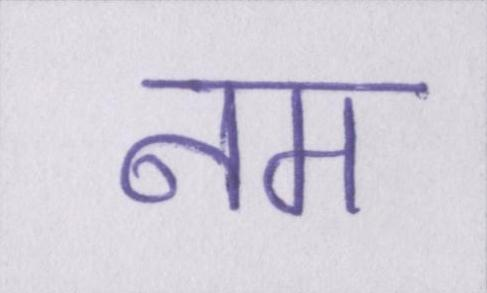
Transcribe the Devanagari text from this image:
नम